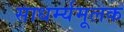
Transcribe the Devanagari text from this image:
साधर्म्यमूलक